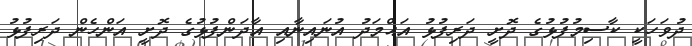
ދުވަހަކީ ކާސިމުފުޅުގެ ދޮށީ ދަރިފުޅު އަޙްމަދު އުނައިނާއި އާދަންފުޅުގެ ދޮށީ އަންހެން ދަރިފުޅު